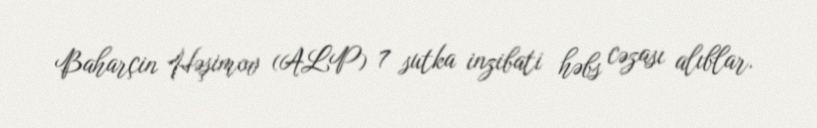
Baharçin Həşimov (ALP) 7 sutka inzibati həbs cəzası alıblar.